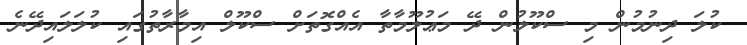
ކުލަ ދިނުމުން މި ސްކޫލުން ދޭ މަޢުލޫމާތާ އެއްގޮތަށް ސްކޫލް އިމާރާތުގައި ކުލަލައިދޭނެ